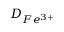
D _ { F e ^ { 3 + } }